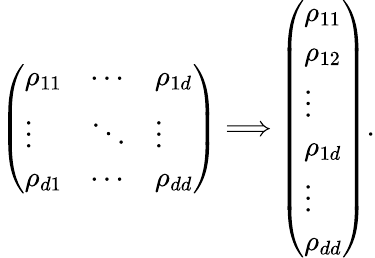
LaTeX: \left(\begin{array}{lll}{\rho_{11}}&{\cdots}&{\rho_{1d}}\\ {\vdots}&{\ddots}&{\vdots}\\ {\rho_{d1}}&{\cdots}&{\rho_{dd}}\end{array}\right)\Longrightarrow\left(\begin{array}{l}{\rho_{11}}\\ {\rho_{12}}\\ {\vdots}\\ {\rho_{1d}}\\ {\vdots}\\ {\rho_{dd}}\end{array}\right).